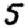
Digit: 5